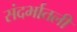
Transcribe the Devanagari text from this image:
संदर्भातली